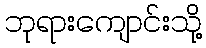
ဘုရားကျောင်းသို့